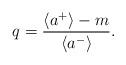
LaTeX: \begin{align*} q = \frac{ \langle a^{+} \rangle - m}{\langle a^{-} \rangle}.\end{align*}